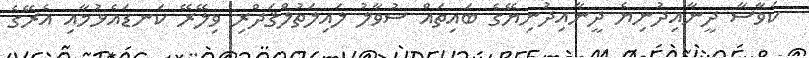
ކަވާސާ ދީނާއިދުނިޔެ ދީނާއިދުނިޔޭގެ ބައިތައް ސުވާލު ލައިލަތުލްޤަދްރި ވިލޭރޭ ކަނޑައެޅުމާއި އެރޭގެ